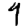
Digit: 9